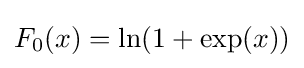
F_{0}(x)=\ln(1+\exp(x))